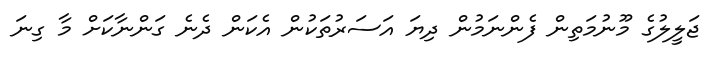
ޖަލީލުގެ މޫނުމަތިން ފެންނަމުން ދިޔަ އަސަރުތަކުން އެކަން ދެނެ ގަންނާކަށް މާ ގިނަ